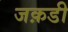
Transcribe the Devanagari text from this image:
जक़डी